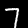
Digit: 7